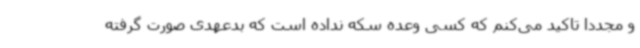
و مجددا تاکید می‌کنم که کسی وعده سکه نداده است که بدعهدی صورت گرفته